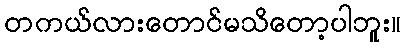
တကယ်လားတောင်မသိတော့ပါဘူး။